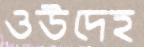
ওউদেহ